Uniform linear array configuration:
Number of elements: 32
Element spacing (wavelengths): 1
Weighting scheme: blackman
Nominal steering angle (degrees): -30
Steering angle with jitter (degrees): -30.944
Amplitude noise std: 0.05
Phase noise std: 0.05

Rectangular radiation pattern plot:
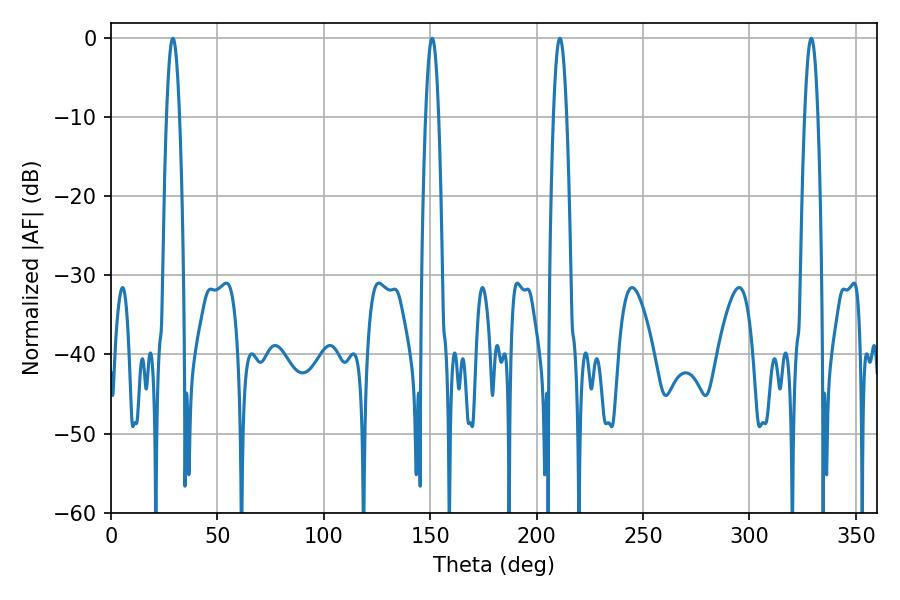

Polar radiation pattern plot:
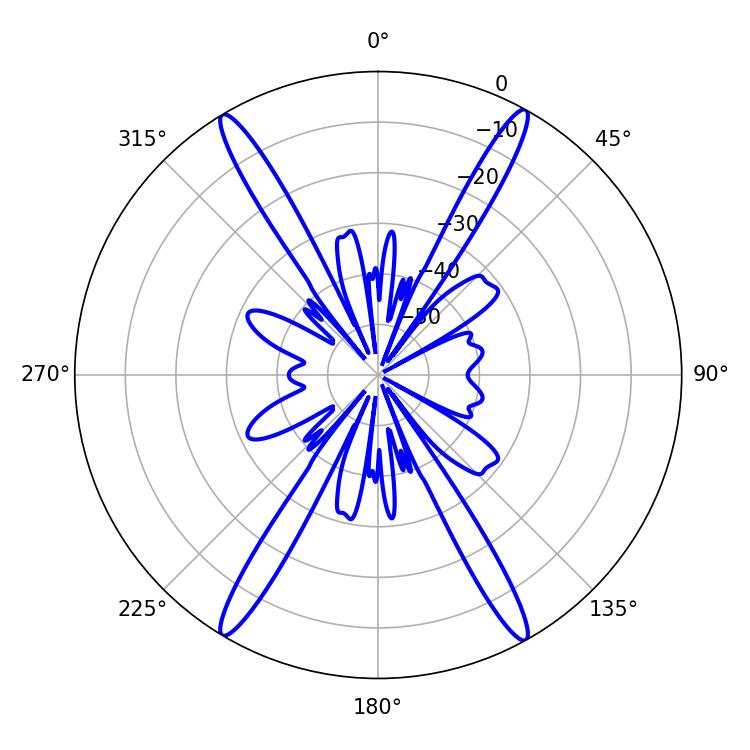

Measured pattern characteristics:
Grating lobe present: TRUE
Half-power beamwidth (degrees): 3.24
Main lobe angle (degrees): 329.04